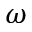
\omega